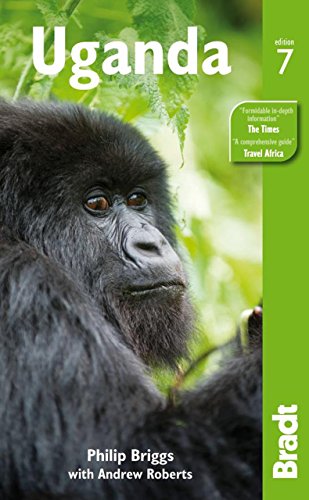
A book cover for Uganda (Bradt Travel Guide); Philip Briggs; Travel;